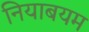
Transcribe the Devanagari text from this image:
नियाबयम